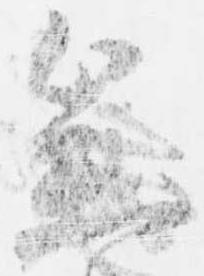
参